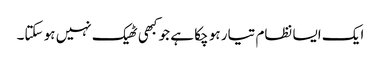
ایک ایسا نظام تیار ہو چکا ہے جو کبھی ٹھیک نہیں ہو سکتا۔